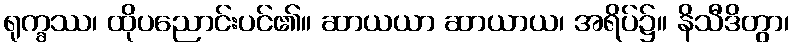
ရုက္ခဿ၊ ထိုပညောင်းပင်၏။ ဆာယယာ ဆာယာယ၊ အရိပ်၌။ နိသီဒိတွာ၊